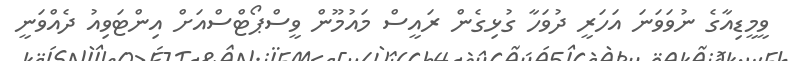
ވީމީޑިއާގެ ނުވަވަނަ އަހަރީ ދުވަހާ ގުޅިގެން ރައީސް މައުމޫން ވީސްޕޯޓްސްއަށް އިންޓަވިއު ދެއްވަނީ